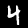
Label: 4